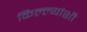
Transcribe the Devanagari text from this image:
किल्ल्यांशी